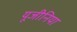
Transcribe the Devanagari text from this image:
यूजीनिया